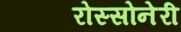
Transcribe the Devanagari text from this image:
रोस्सोनेरी